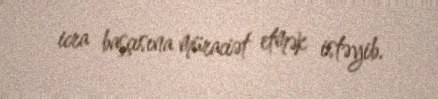
icra başçısına müraciət etmək istəyib.